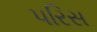
પરિસ